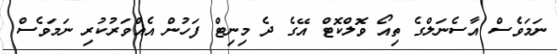
ނަމަވެސް އާސެނަލްގެ ތިއޯ ވޮލްކޮޓް އޭގެ ދެ މިނިޓް ފަހުން އެއްވަރުކުރި ނަމަވެސް